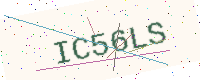
Text: IC56LS